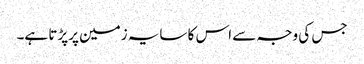
جس کی وجہ سے اس کا سایہ زمین پرپڑتا ہے۔